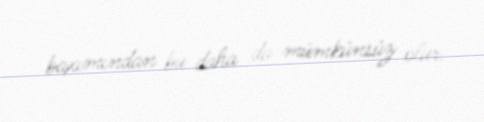
baxımından bu daha da mümkünsüz olur.